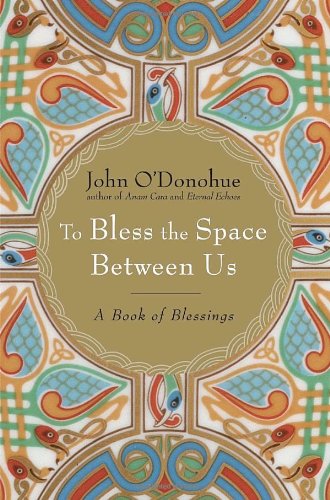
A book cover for To Bless the Space Between Us: A Book of Blessings; John O'Donohue; Christian Books & Bibles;